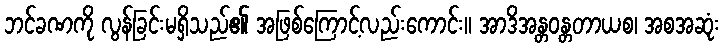
ဘင်ခဏကို လွန်ခြင်းမရှိသည်၏ အဖြစ်ကြောင့်လည်းကောင်း။ အာဒိအန္တဝန္တတာယစ၊ အစအဆုံး